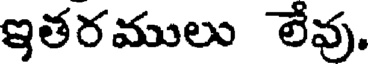
ఇతరములు లేవు.